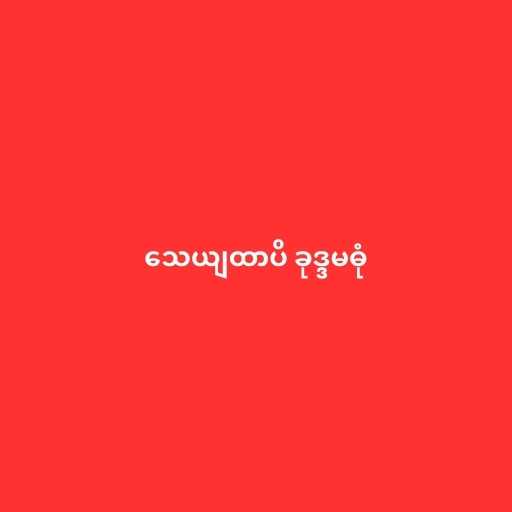
သေယျထာပိ ခုဒ္ဒမဓုံ